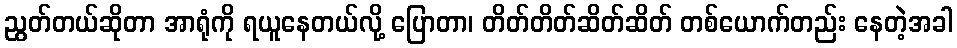
ညွတ်တယ်ဆိုတာ အာရုံကို ရယူနေတယ်လို့ ပြောတာ၊ တိတ်တိတ်ဆိတ်ဆိတ် တစ်ယောက်တည်း နေတဲ့အခါ